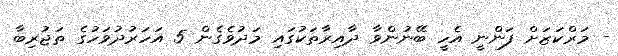
- މަރްކަޒަށް ފަންނީ އެހީ ބޭނުންވާ ދާއިރާތަކުގައި މަދުވެގެން 5 އަހަރުދުވަހުގެ ތަޖުރިބާ